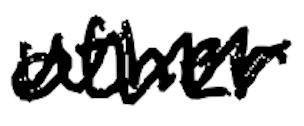
Text: other
Cross-out: zig-zag
Writing tool: digital_black